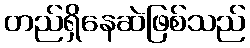
တည်ရှိနေဆဲဖြစ်သည်